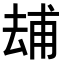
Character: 𠬃